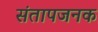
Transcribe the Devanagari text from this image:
संतापजनक